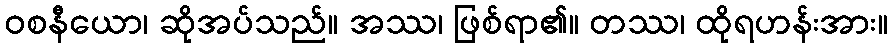
ဝစနီယော၊ ဆိုအပ်သည်။ အဿ၊ ဖြစ်ရာ၏။ တဿ၊ ထိုရဟန်းအား။